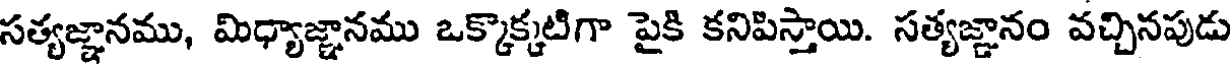
సత్యజ్ఞానము, మిధ్యాజ్ఞానము ఒక్కొక్కటిగా పైకి కనిపిస్తాయి. సత్యజ్ఞానం వచ్చినపుడు